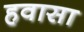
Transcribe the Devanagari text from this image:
हवासा